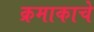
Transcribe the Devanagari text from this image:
क्रमाकाचे